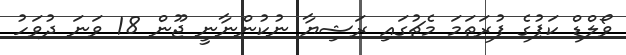
ވޯލްޑް ކަޕުގެ ފުރަތަމަ މެޗުގައި ރަޝިޔާ ނުކުންނާނީ ޖޫން 18 ވަނަ ދުވަހު